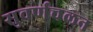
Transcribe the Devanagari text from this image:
सुवर्णचलन